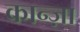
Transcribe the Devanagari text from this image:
कान्ज़ा